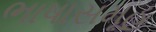
ભાષાસમૂહ